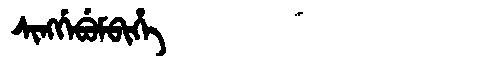
Manchu: ᠰᡳᠩᡤᡝᠪᡠᠮᠪᡳᡥᡝ
Romanization: SINGGEBUMBIHE